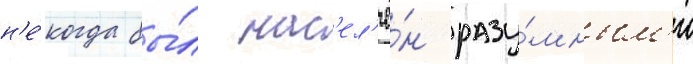
н'е́когда бы́л нас'ел'ё́н разу́мным'и